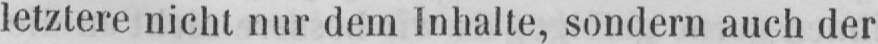
letztere nicht nur dem Inhalte, sondern auch der